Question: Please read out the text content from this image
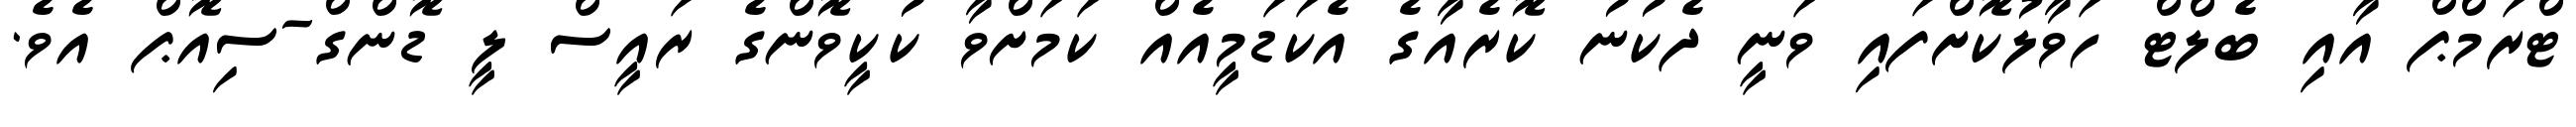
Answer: ޓްރަމްޕް އާއި ބެލްޓް ހަވާލުކޮށްފައި ވަނީ ދެކުނު ކޮރެއާގެ އެކަޑަމީއެއް ކަމަށްވާ ކުކީވޮންގެ ރައީސް ލީ ޑޮންގް-ސިއޮޕް އެވެ.